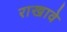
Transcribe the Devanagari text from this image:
राखावे